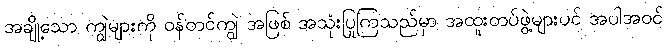
အချို့သော ကျွဲများကို ဝန်တင်ကျွဲ အဖြစ် အသုံးပြုကြသည်မှာ အထူးတပ်ဖွဲ့များပင် အပါအဝင်